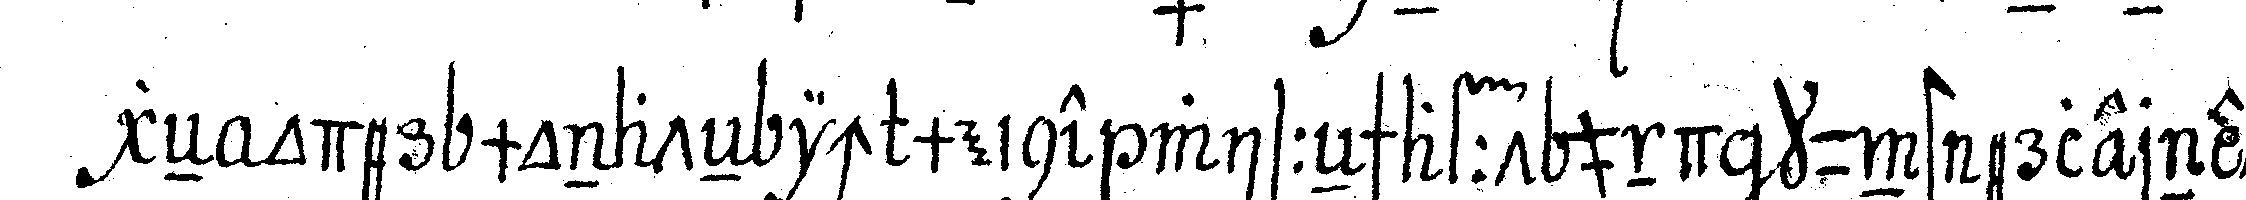
geN oder monateN ich meine wisseNschafft und kunst erlernet